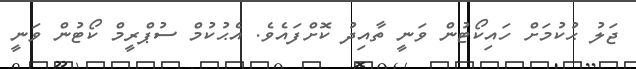
ޖަލު ޙުކުމަށް ހައިކޯޓުން ވަނީ ތާއިދު ކޮށްފައެވެ. އެޙުކުމް ސުޕްރީމް ކޯޓުން ވަނީ